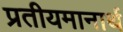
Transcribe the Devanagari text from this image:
प्रतीयमानार्थ